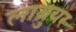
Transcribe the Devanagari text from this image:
लाब्रुयर